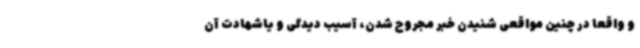
و واقعا در چنین مواقعی شنیدن خبر مجروح شدن، آسیب دیدگی و یاشهادت آن